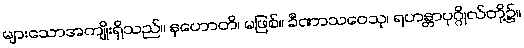
များသောအကျိုးရှိသည်။ နဟောတိ၊ မဖြစ်။ ခီဏာသဝေသု၊ ရဟန္တာပုဂ္ဂိုလ်တို့၌။